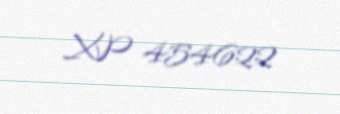
XP 454622